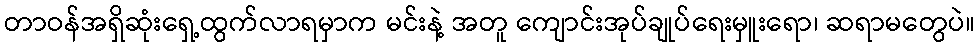
တာဝန်အရှိဆုံးရှေ့ထွက်လာရမှာက မင်းနဲ့ အတူ ကျောင်းအုပ်ချုပ်ရေးမှူးရော၊ ဆရာမတွေပဲ။